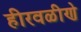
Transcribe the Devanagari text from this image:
हीरवळीणे